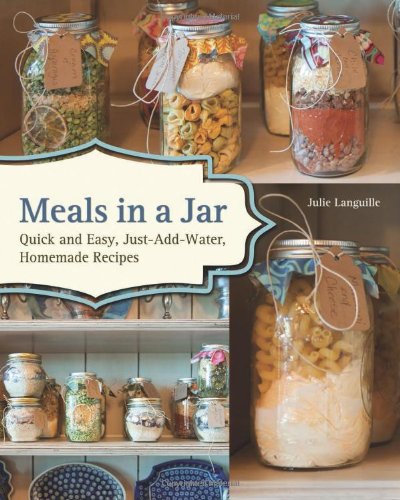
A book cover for Meals in a Jar: Quick and Easy, Just-Add-Water, Homemade Recipes; Julie Languille; Cookbooks, Food & Wine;